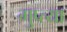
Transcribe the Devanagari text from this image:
गुप्त्या